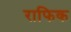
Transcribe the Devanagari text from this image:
राफिक